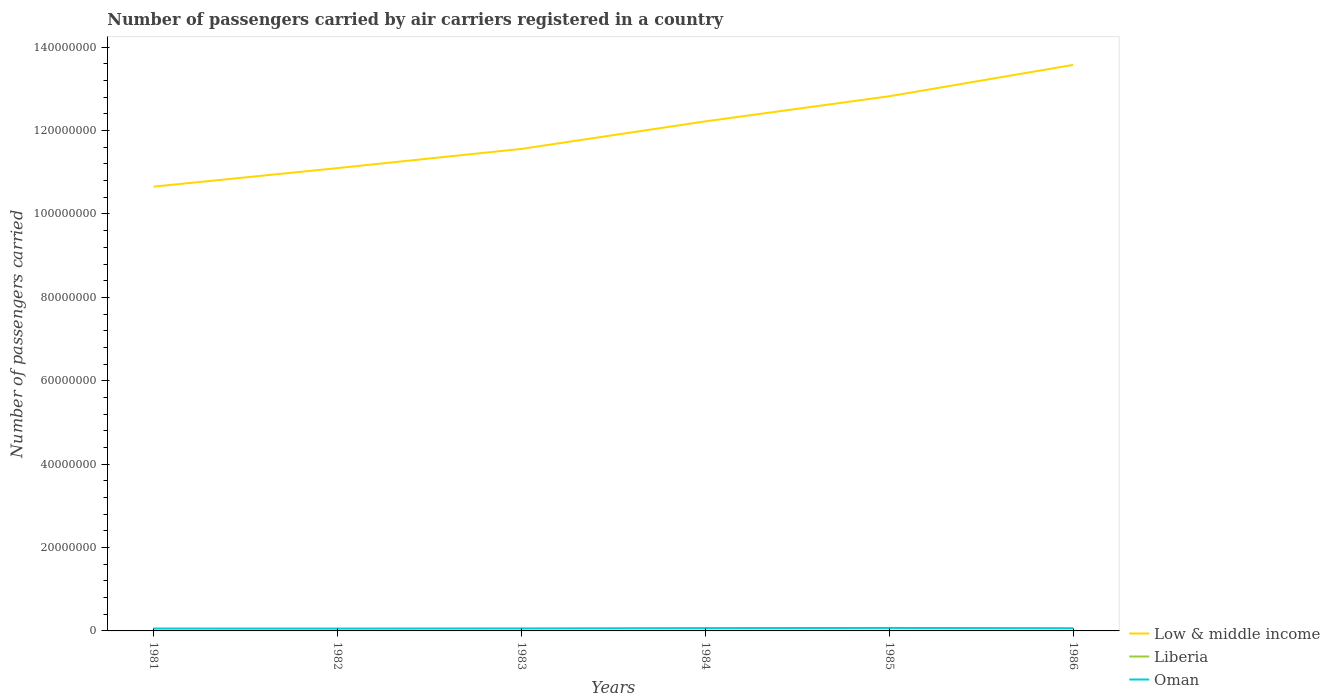
| Years | Low & middle income | Liberia | Oman |
 | --- | --- | --- | --- |
 | 1981 | 1.07e+08 | 3.04e+04 | 5.78e+05 |
 | 1982 | 1.11e+08 | 4.09e+04 | 5.7e+05 |
 | 1983 | 1.16e+08 | 4.4e+04 | 6.02e+05 |
 | 1984 | 1.22e+08 | 5e+04 | 6.74e+05 |
 | 1985 | 1.28e+08 | 4.2e+04 | 7.18e+05 |
 | 1986 | 1.36e+08 | 4.2e+04 | 6.47e+05 |